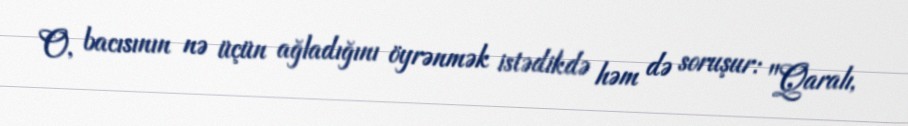
O, bacısının nə üçün ağladığını öyrənmək istədikdə həm də soruşur: "Qaralı,